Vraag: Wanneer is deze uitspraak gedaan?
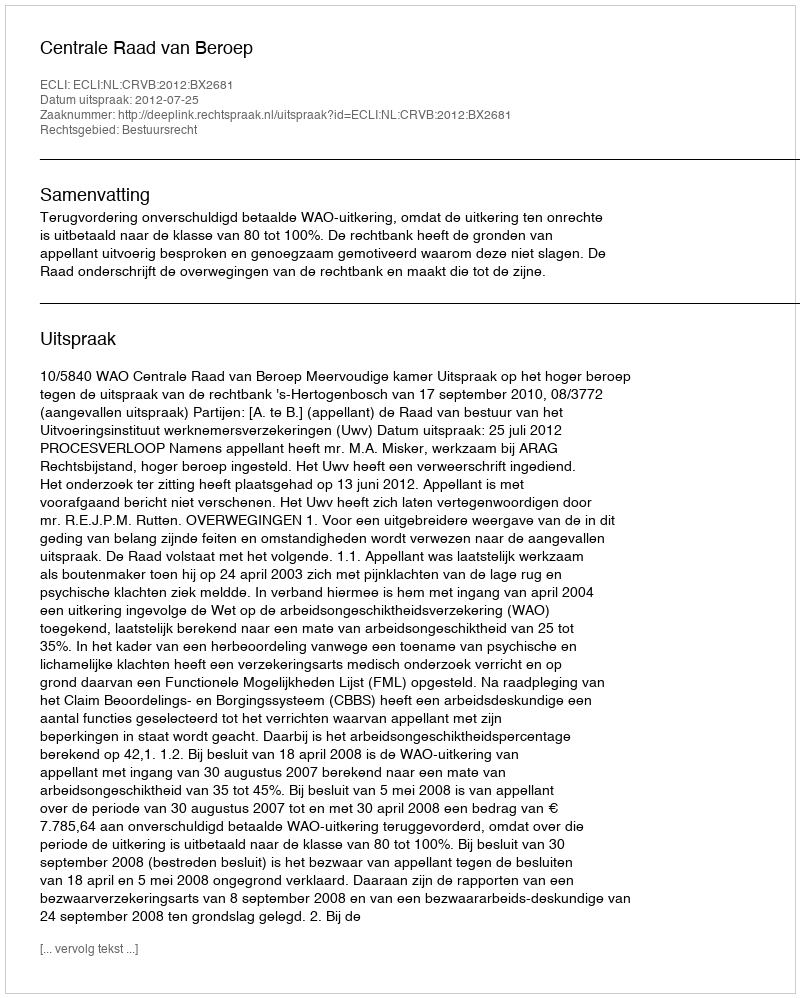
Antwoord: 2012-07-25